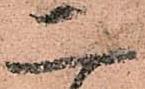
二